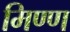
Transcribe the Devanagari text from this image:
मिण्ण